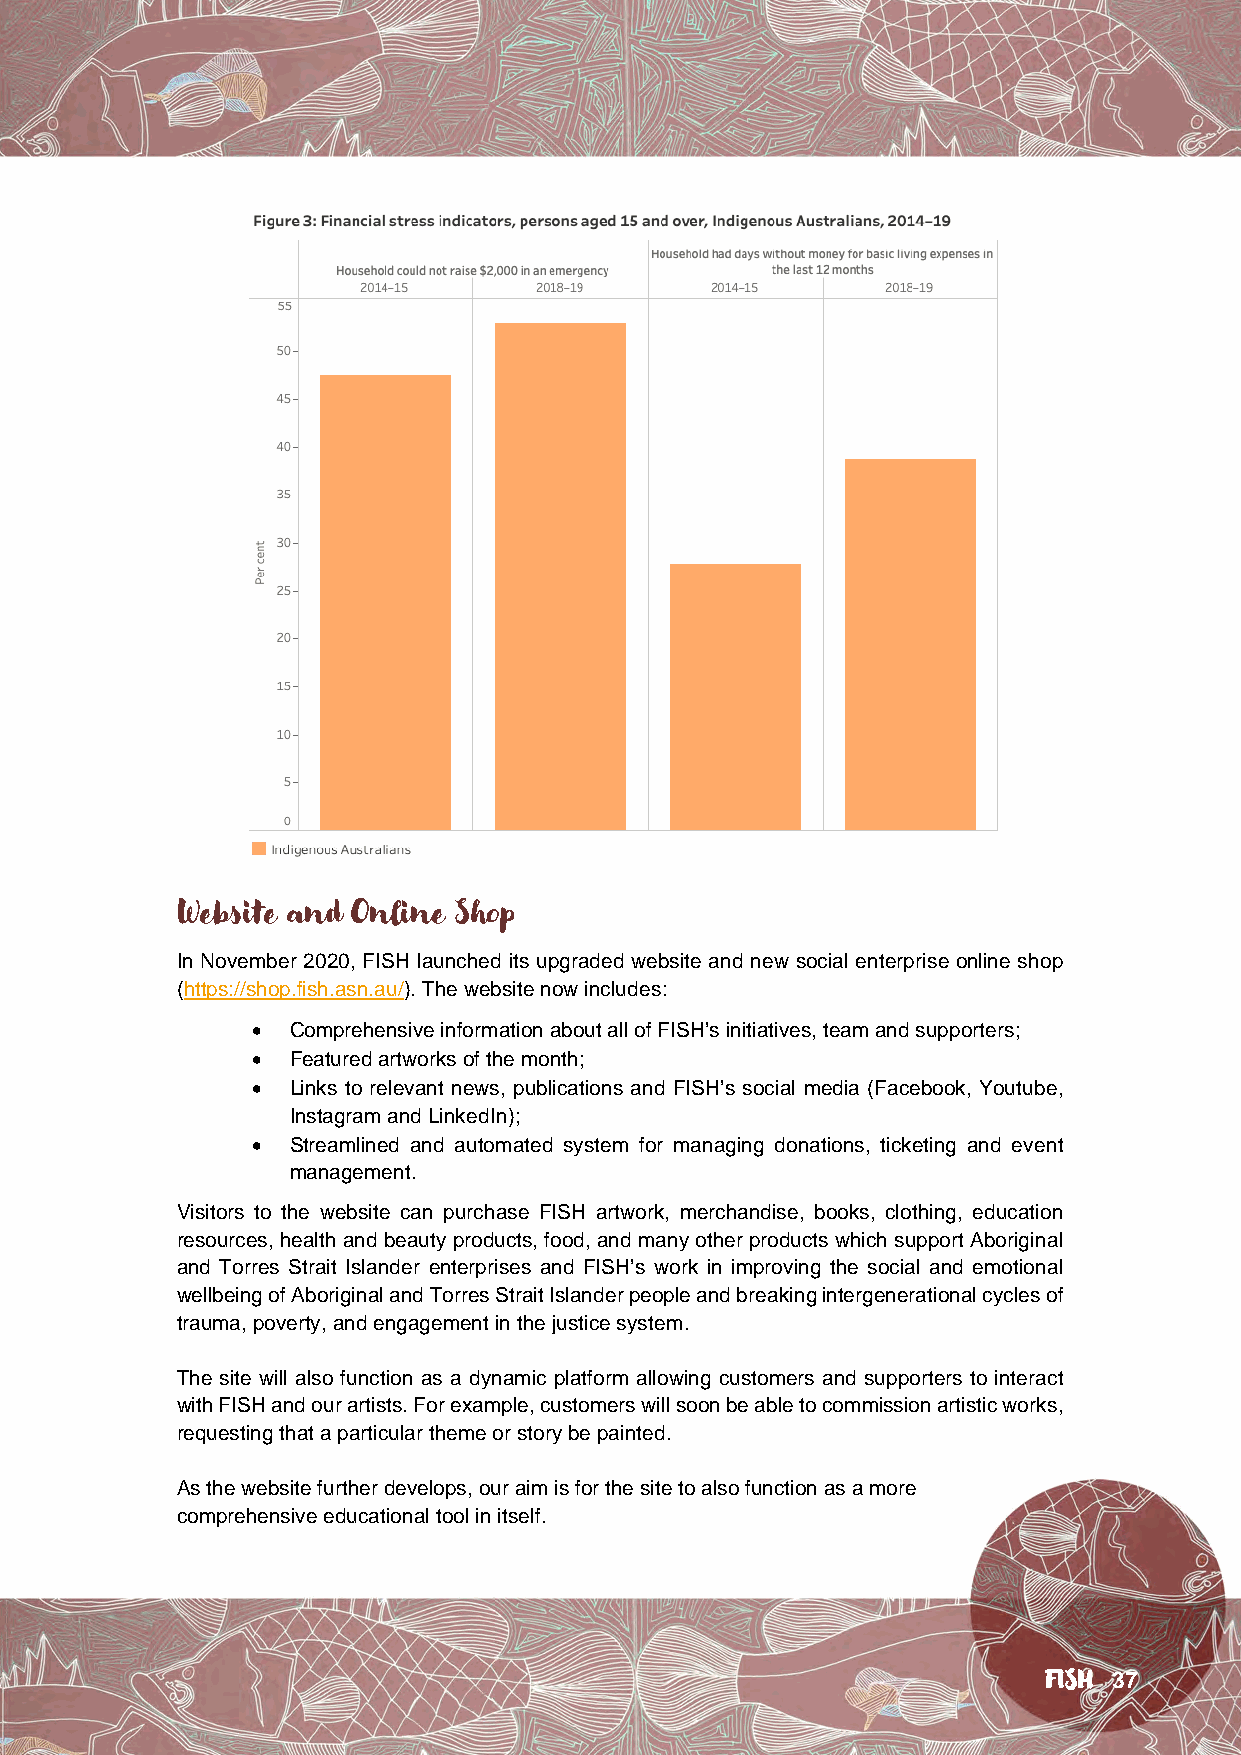
Website and Online Shop
 In November 2020, FISH launched its upgraded website and new social enterprise online shop
 (https://shop.fish.asn.au/). The website now includes:
 • Comprehensive information about all of FISH’s initiatives, team and supporters;
 • Featured artworks of the month;
 • Links to relevant news, publications and FISH’s social media (Facebook, Youtube,
 Instagram and LinkedIn);
 • Streamlined and automated system for managing donations, ticketing and event
 management.
 Visitors to the website can purchase FISH artwork, merchandise, books, clothing, education
 resources, health and beauty products, food, and many other products which support Aboriginal
 and Torres Strait Islander enterprises and FISH’s work in improving the social and emotional
 wellbeing of Aboriginal and Torres Strait Islander people and breaking intergenerational cycles of
 trauma, poverty, and engagement in the justice system.
 The site will also function as a dynamic platform allowing customers and supporters to interact
 with FISH and our artists. For example, customers will soon be able to commission artistic works,
 requesting that a particular theme or story be painted.
 As the website further develops, our aim is for the site to also function as a more
 comprehensive educational tool in itself.
 FISH 37